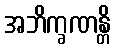
အဘိက္ခဏန္တိ